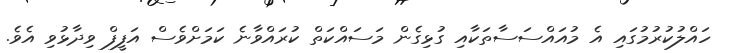
ހައްލުކުރުމުގައި އެ މުއައްސަސާތަކާއި ގުޅިގެން މަސައްކަތް ކުރައްވާނެ ކަމަށްވެސް އަފީފް ވިދާޅުވި އެވެ.